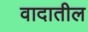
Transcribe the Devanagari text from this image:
वादातील